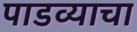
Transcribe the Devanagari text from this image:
पाडव्याचा